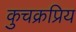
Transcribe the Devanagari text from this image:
कुचक्रप्रिय